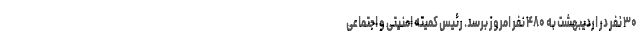
۳۰ نفر در اردیبهشت به ۴۸۰ نفر امروز برسد. رئیس کمیته امنیتی و اجتماعی